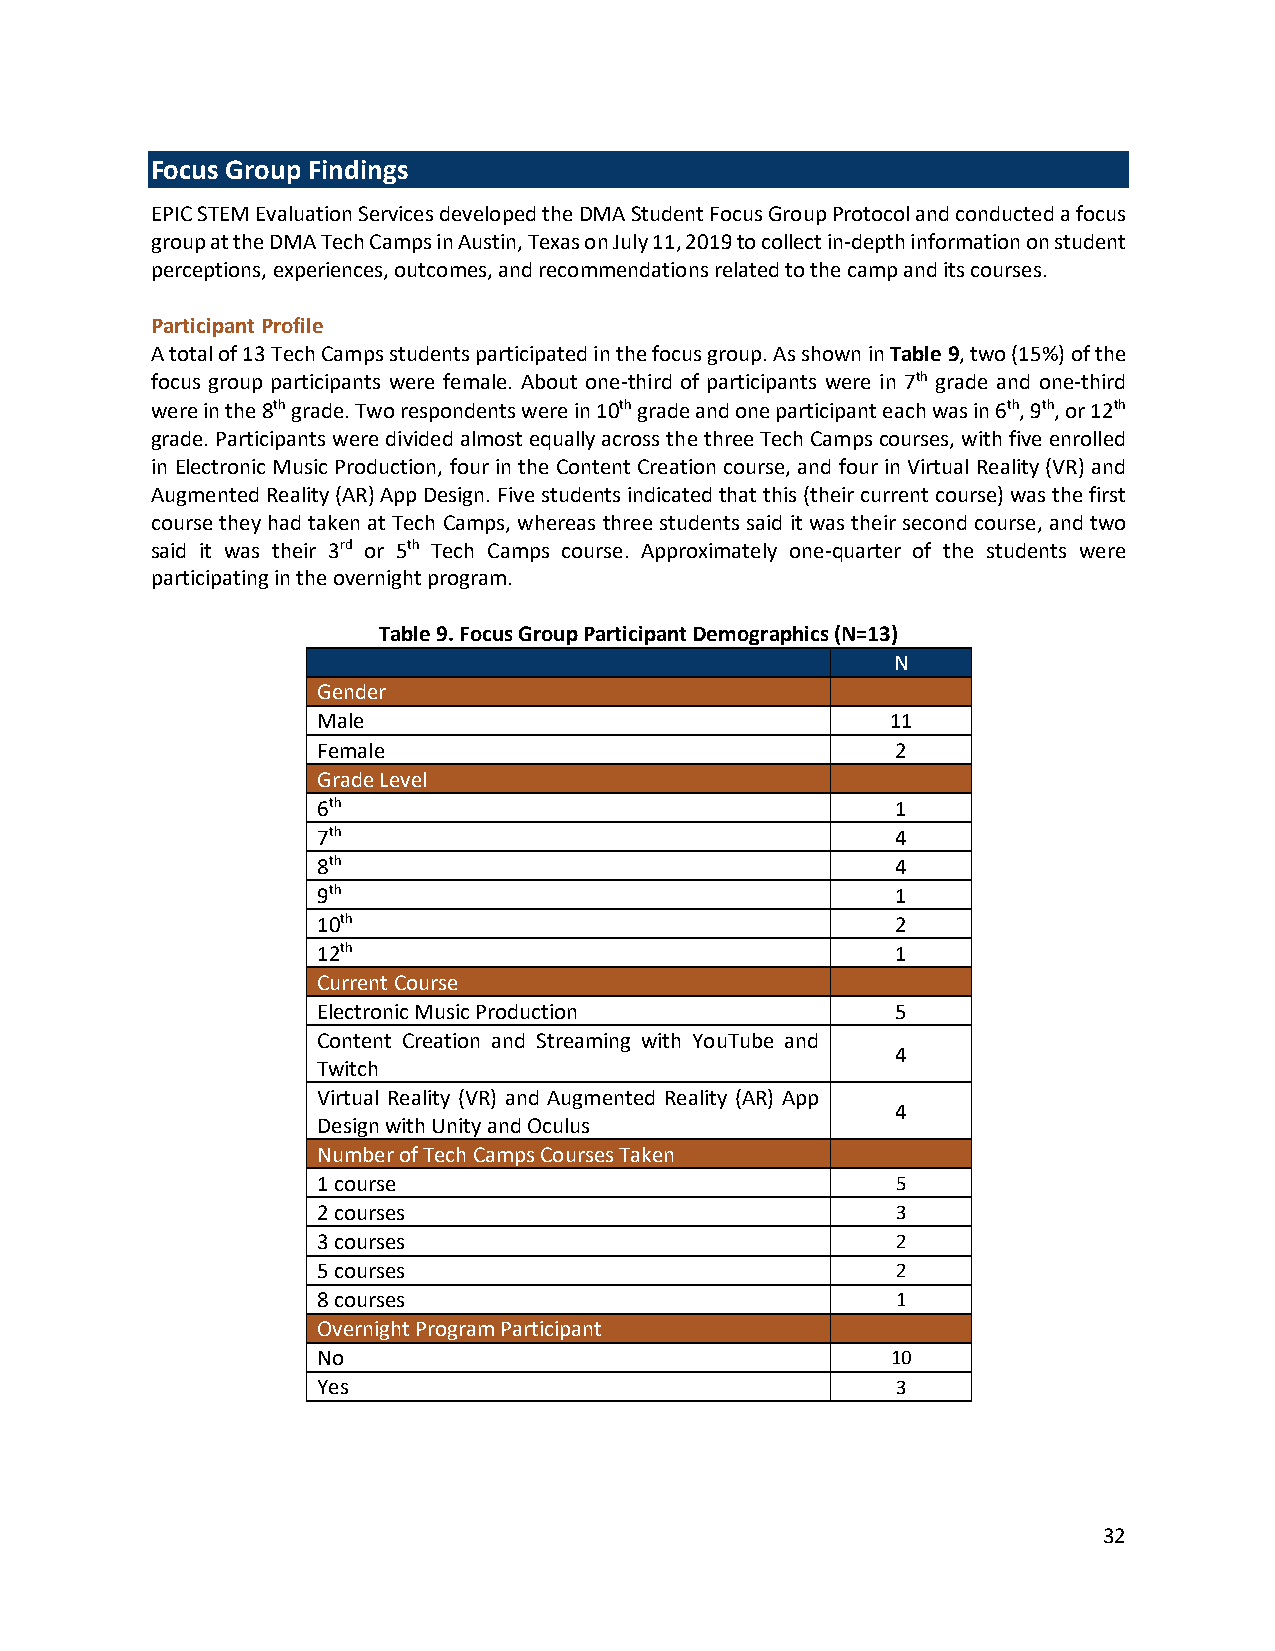
Focus Group Findings
 EPIC STEM Evaluation Services developed the DMA Student Focus Group Protocol and conducted a focus
 group at the DMA Tech Camps in Austin, Texas on July 11, 2019 to collect in-depth information on student
 perceptions, experiences, outcomes, and recommendations related to the camp and its courses.
 Participant Profile
 A total of 13 Tech Camps students participated in the focus group. As shown in Table 9, two (15%) of the
 focus group participants were female. About one-third of participants were in 7th grade and one-third
 were in the 8th grade. Two respondents were in 10th grade and one participant each was in 6th, 9th, or 12th
 grade. Participants were divided almost equally across the three Tech Camps courses, with five enrolled
 in Electronic Music Production, four in the Content Creation course, and four in Virtual Reality (VR) and
 Augmented Reality (AR) App Design. Five students indicated that this (their current course) was the first
 course they had taken at Tech Camps, whereas three students said it was their second course, and two
 said it was their 3rd or 5th Tech Camps course. Approximately one-quarter of the students were
 participating in the overnight program.
 Table 9. Focus Group Participant Demographics (N=13)
 N
 Gender
 Male                                  11
 Female                                2
 Grade Level
 6th                                   1
 7th                                   4
 8th                                   4
 9th                                   1
 10th                                  2
 12th                                  1
 Current Course
 Electronic Music Production           5
 Content Creation and Streaming with YouTube and
 4
 Twitch
 Virtual Reality (VR) and Augmented Reality (AR) App
 4
 Design with Unity and Oculus
 Number of Tech Camps Courses Taken
 1 course                              5
 2 courses                             3
 3 courses                             2
 5 courses                             2
 8 courses                             1
 Overnight Program Participant
 No                                    10
 Yes                                   3
 32